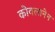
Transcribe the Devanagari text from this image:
कोवलानेन